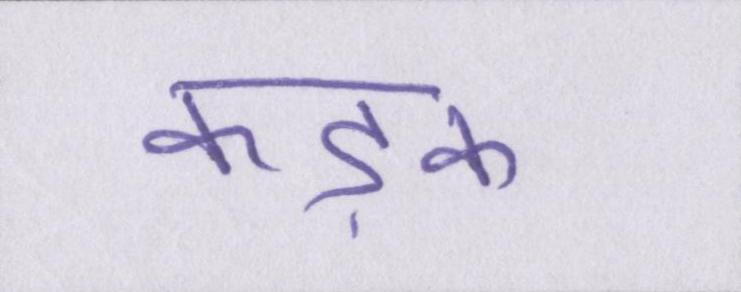
कड़क